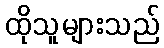
ထိုသူများသည်